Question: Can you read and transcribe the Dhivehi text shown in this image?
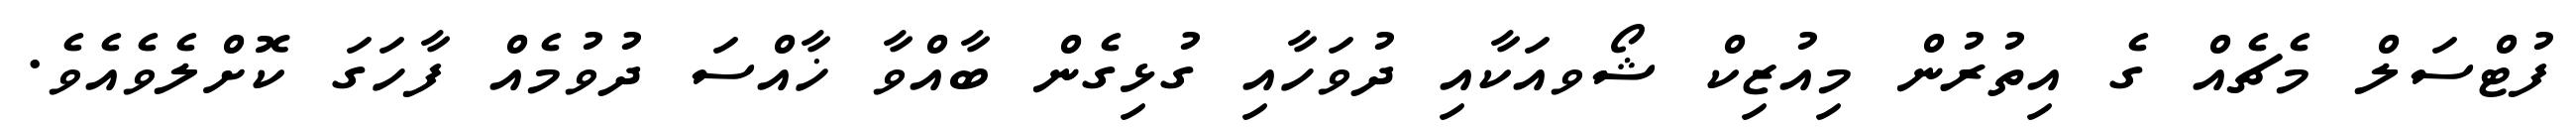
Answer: ފުޓްސަލް މެޗެއް ގެ އިތުރުން މިއުޒިކް ޝޯވއަކާއި ދުވަހާއި ގުޅިގެން ބާއްވާ ޚާއްސަ ދުވުމެއް ފާހަގަ ކޮށްލެވެއެވެ.